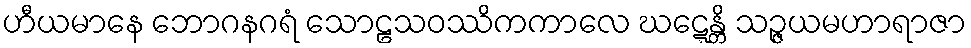
ဟီယမာနေ ဘောဂနဂရံ သောဠသဝဿိကကာလေ ဃဋ္ဋေန္တိ သဉ္ဇယမဟာရာဇာ